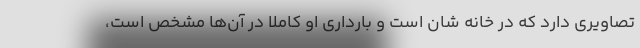
تصاویری دارد که در خانه شان است و بارداری او کاملا در آن‌ها مشخص است،